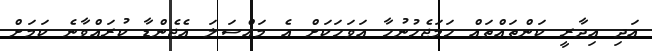
އަދި އިދާރީ ކަންތައްތައް ހަމަޖެހުނުހާ އަވަހަކަށް އެ މައްސަލަ އެޖެންޑާ ކުރައްވާނެ ކަމަށް